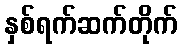
နှစ်ရက်ဆက်တိုက်